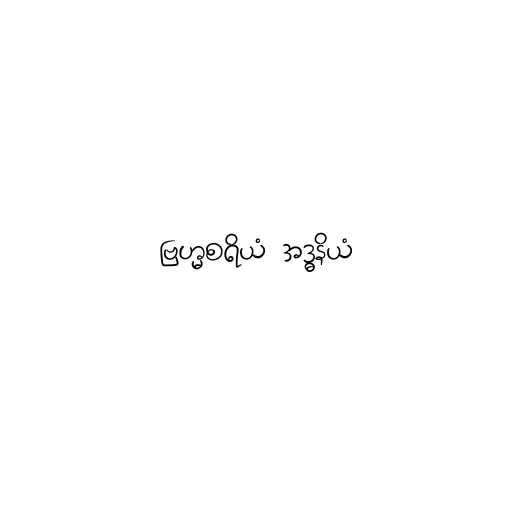
ဗြဟ္မစရိယံ အဒ္ဓနိယံ